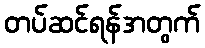
တပ်ဆင်ရန်အတွက်